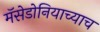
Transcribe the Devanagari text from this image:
मॅसेडोनियाच्याच